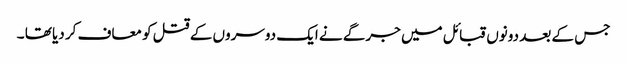
جس کے بعد دونوں قبائل میں جرگے نے ایک دوسروں کے قتل کو معاف کر دیا تھا ۔